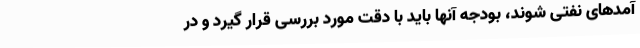
آمدهای نفتی شوند، بودجه آنها باید با دقت مورد بررسی قرار گیرد و در